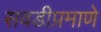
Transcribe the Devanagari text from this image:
सवडीप्रमाणे